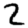
Digit: 2